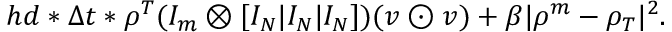
h d * \Delta t * \rho ^ { T } ( I _ { m } \otimes [ I _ { N } | I _ { N } | I _ { N } ] ) ( v \odot v ) + \beta | \rho ^ { m } - \rho _ { T } | ^ { 2 } .